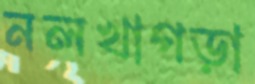
নলখাগড়া